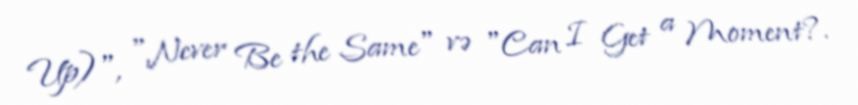
Up)", "Never Be the Same" və "Can I Get a Moment?.